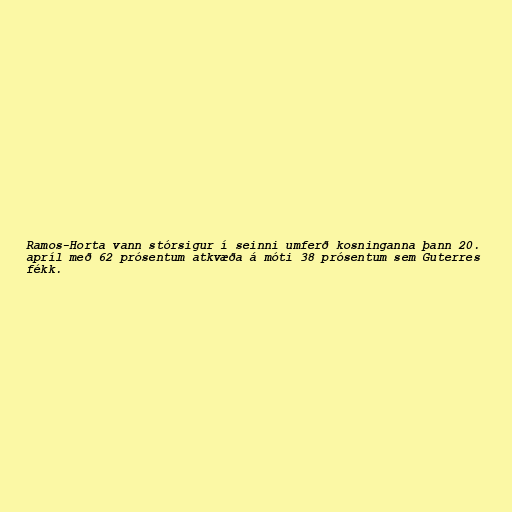
Ramos-Horta vann stórsigur í seinni umferð kosninganna þann 20.
apríl með 62 prósentum atkvæða á móti 38 prósentum sem Guterres
fékk.